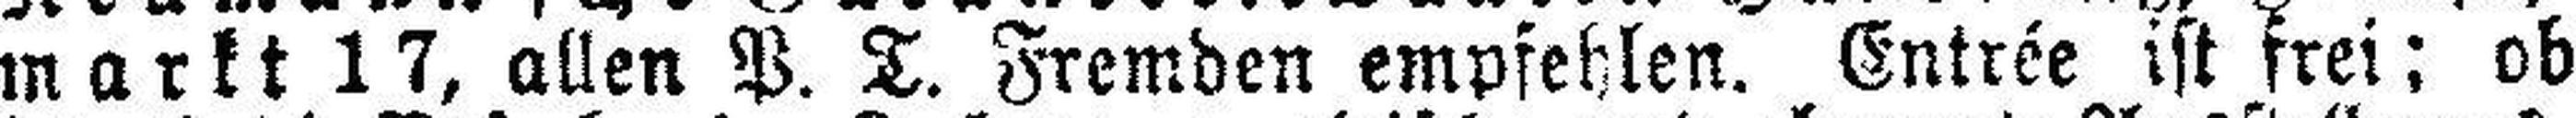
markt 17, allen P. T. Fremden empfehlen. Entrée ist frei; ob